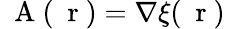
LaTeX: \mathrm{~\mathbf~A~}(\mathrm{~\mathbf~r~})=\nabla\xi(\mathrm{~\mathbf~r~})